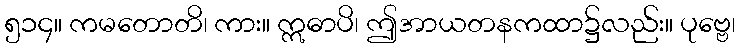
၅၁၄။ ကမတောတိ၊ ကား။ ဣဓာပိ၊ ဤအာယတနကထာ၌လည်း။ ပုဗ္ဗေ၊